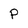
Character: p